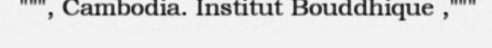
""", Cambodia. Institut Bouddhique ,"""